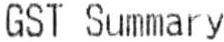
GST SUMMARY